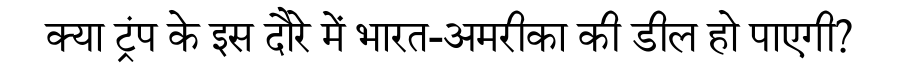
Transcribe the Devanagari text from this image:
क्या ट्रंप के इस दौरे में भारत-अमरीका की डील हो पाएगी?